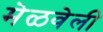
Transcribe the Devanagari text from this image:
मेळवेली